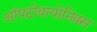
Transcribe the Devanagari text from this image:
ऑपटोवायोनिक्स